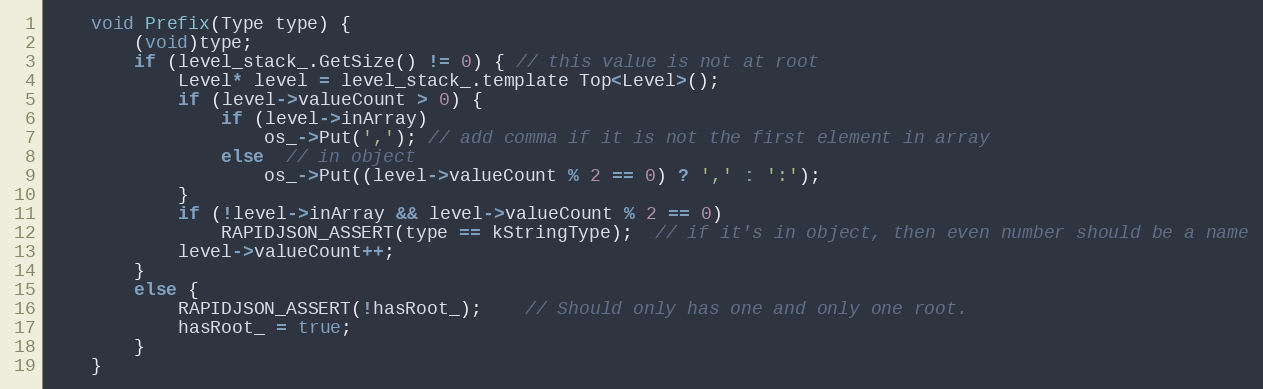
Language: C
    void Prefix(Type type) {
        (void)type;
        if (level_stack_.GetSize() != 0) { // this value is not at root
            Level* level = level_stack_.template Top<Level>();
            if (level->valueCount > 0) {
                if (level->inArray)
                    os_->Put(','); // add comma if it is not the first element in array
                else  // in object
                    os_->Put((level->valueCount % 2 == 0) ? ',' : ':');
            }
            if (!level->inArray && level->valueCount % 2 == 0)
                RAPIDJSON_ASSERT(type == kStringType);  // if it's in object, then even number should be a name
            level->valueCount++;
        }
        else {
            RAPIDJSON_ASSERT(!hasRoot_);    // Should only has one and only one root.
            hasRoot_ = true;
        }
    }